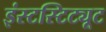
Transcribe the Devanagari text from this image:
इंस्टस्टिट्यूट